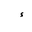
Letter: _hamza